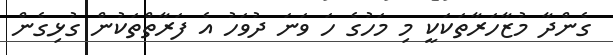
ގެންދާ މުޒާހަރާތަކަކީ މި މަހުގެ ހަ ވަނަ ދުވަހު އެ ފަރާތްތަކުން ގުޅިގެން